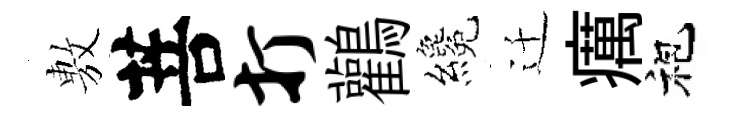
𢾾菩打鸛纔迁癘袍